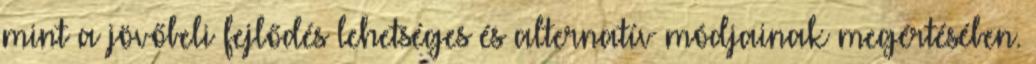
mint a jövőbeli fejlődés lehetséges és alternatív módjainak megértésében.